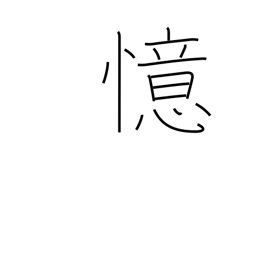
Meaning: think